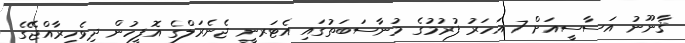
ޤާނޫނު އަސާސީއަށް 7 އަހަރު ފުރުމުގެ މުނާސަބަތުގައި އެޓަރނީ ޖެނެރަލްގެ އޮފީހުން ދިވެހިރާއްޖޭގެ